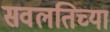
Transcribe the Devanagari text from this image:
सवलतिच्या